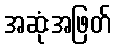
အဆုံးအဖြတ်